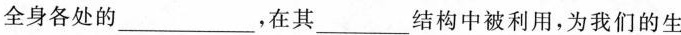
全身各处的___，在其___结构中被利用，为我们的生